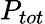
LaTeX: P_{tot}